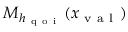
M _ { h _ { \mathrm { ~ q ~ o ~ i ~ } } } ( x _ { \mathrm { ~ v ~ a ~ l ~ } } )